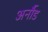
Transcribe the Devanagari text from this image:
अर्नौड